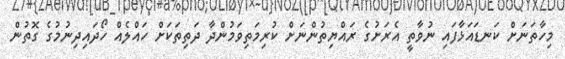
މިހާތަނަށް ކަނޑައަޅާފައި ނުވާތީ އެރަށުގެ ރައްޔިތުންނަށް ކުރިމަތިވަމުންދާ ދަތިތަކަށް ހައްލެއް ހޯދައިދިނުމުގެ ގޮތުން